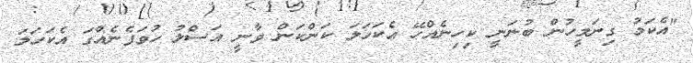
"އެކަމު ގިނަމީހުން ބުނަނީ ކިހިނެއްހޭ އެކަހަލަ ކަންކަން ވާނީ އަސްލު ހުވަފެނެއްގަ އެކަހަލަ